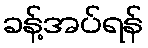
ခန့်အပ်ရန်